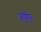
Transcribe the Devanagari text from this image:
अपूर्णतः